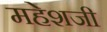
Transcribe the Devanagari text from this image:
महेशजी